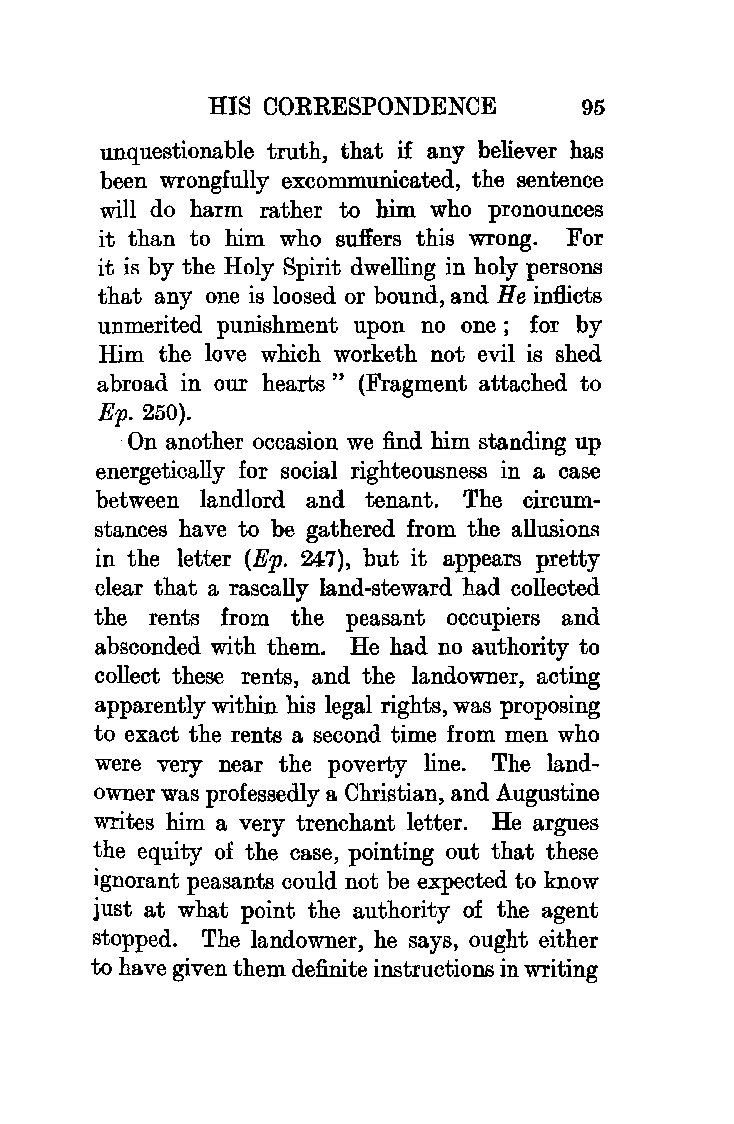
HIS CORRESPONDENCE       95
 unquestionable truth, that if any believer has
 been wrongfully excommunicated, the sentence
 will do harm rather to him who pronounces
 it than to him who suffers this wrong. For
 it is by the Holy Spirit dwelling in holy persoDB
 that any one is loosed or bound, and He inflicts
 unmerited punishment upon no one ; for by
 Him the love which worketh not evil is shed
 abroad in our hearts" (Fragment attached to
 Ep. 250).
 On another occasion we find him standing up
 energetically for social righteousness in a case
 between landlord and tenant. The circum
 stances have to be gathered from the allusions
 in the letter (Ep. 247), but it appears pretty
 clear that a rascally land-steward had collected
 the rents from the peasant occupiers and
 absconded with them. He had no authority to
 collect these rents, and the landowner, acting
 apparently within his legal rights, was proposing
 to exact the rents a second time from men who
 were very near the poverty line. The land
 owner was professedly a Christian, and Augustine
 writes him a very trenchant letter. He argues
 the equity of the case, pointing out that these
 ignorant peasants could not be expected to know
 just at what point the authority of the agent
 stopped. The landowner, he says, ought either
 to have given them definite instructioDB in writing